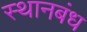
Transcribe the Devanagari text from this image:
स्थानबंध